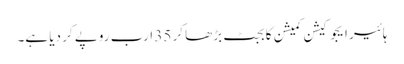
ہائیر ایجوکیشن کمیشن کا بجٹ بڑھا کر 35 ارب روپے کر دیا ہے۔